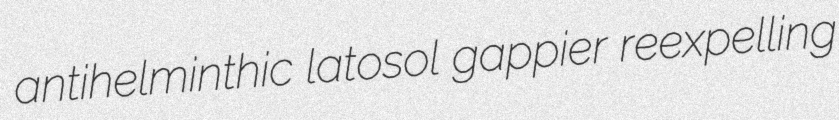
antihelminthic latosol gappier reexpelling